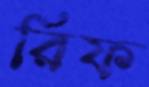
রিফ